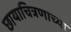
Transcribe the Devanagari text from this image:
छायाचित्रणाच्या